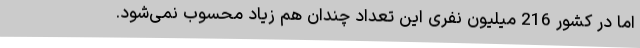
اما در کشور 216 میلیون نفری این تعداد چندان هم زیاد محسوب نمی‌شود.